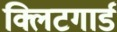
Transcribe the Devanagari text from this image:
क्लिटगार्ड